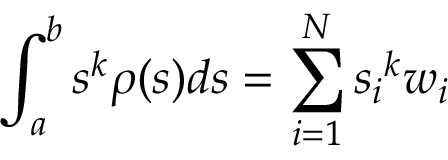
\int _ { a } ^ { b } s ^ { k } \rho ( s ) d s = \sum _ { i = 1 } ^ { N } { s _ { i } } ^ { k } w _ { i }